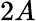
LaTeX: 2A